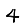
Digit: 4